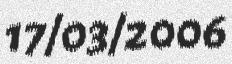
17/03/2006